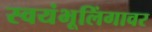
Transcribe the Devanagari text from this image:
स्वयंभूलिंगावर